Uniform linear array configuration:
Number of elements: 8
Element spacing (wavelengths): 0.75
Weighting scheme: cosine
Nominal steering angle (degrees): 45
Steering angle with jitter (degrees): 46.372
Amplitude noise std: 0.05
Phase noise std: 0.05

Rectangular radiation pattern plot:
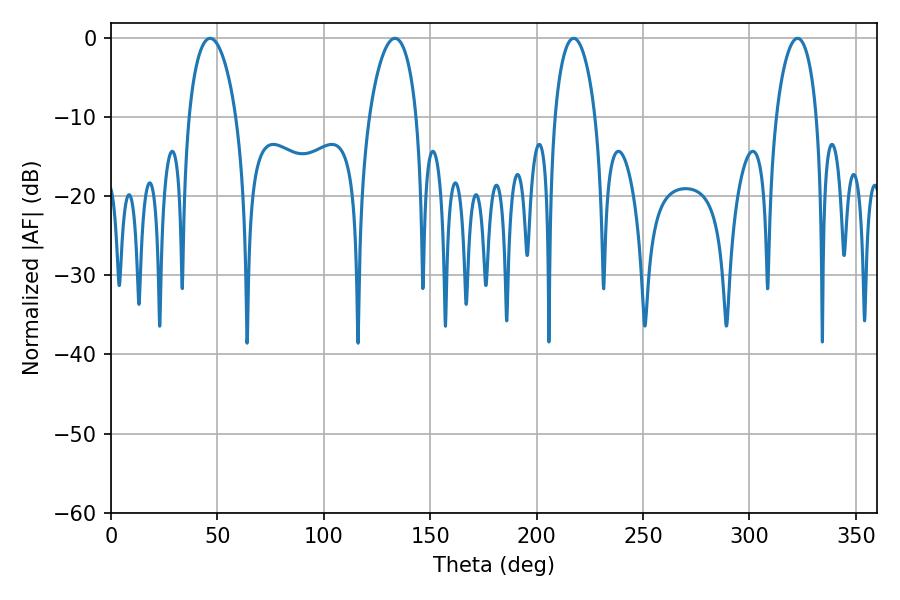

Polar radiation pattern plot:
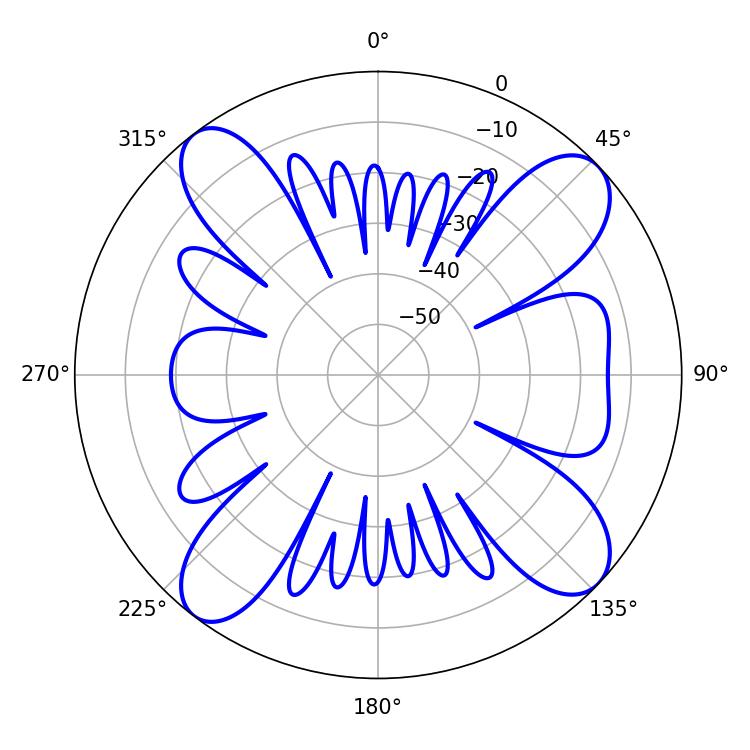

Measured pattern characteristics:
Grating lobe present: TRUE
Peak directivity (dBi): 12.571
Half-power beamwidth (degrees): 12.6
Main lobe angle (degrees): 46.62